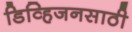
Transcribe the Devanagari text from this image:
डिव्हिजनसाठी